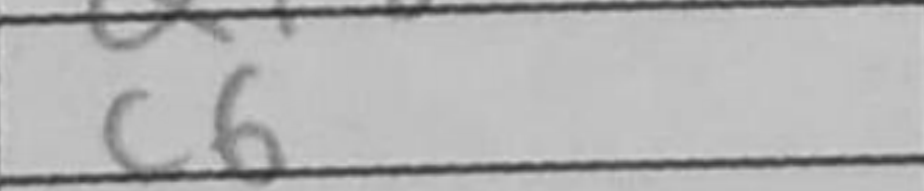
Transcription: c6